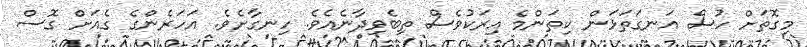
މިގޮތަށް ހުސް އަނގަތަޅަން ކިތަންމެ އިރަކުވެސް ތިބެވިދާނެއެވެ. ހިނގާށެވެ. އަހަރެންގެ ގެއަށް ގޮސް